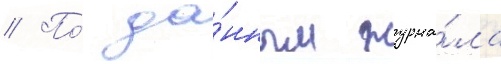
// По́ да́нным журна́ла